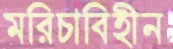
মরিচাবিহীন